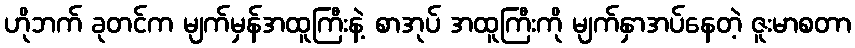
ဟိုဘက် ခုတင်က မျက်မှန်အထူကြီးနဲ့ စာအုပ် အထူကြီးကို မျက်နှာအပ်နေတဲ့ ဇူးမာစတာ